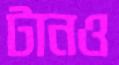
টানও